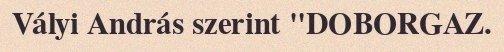
Vályi András szerint "DOBORGAZ.